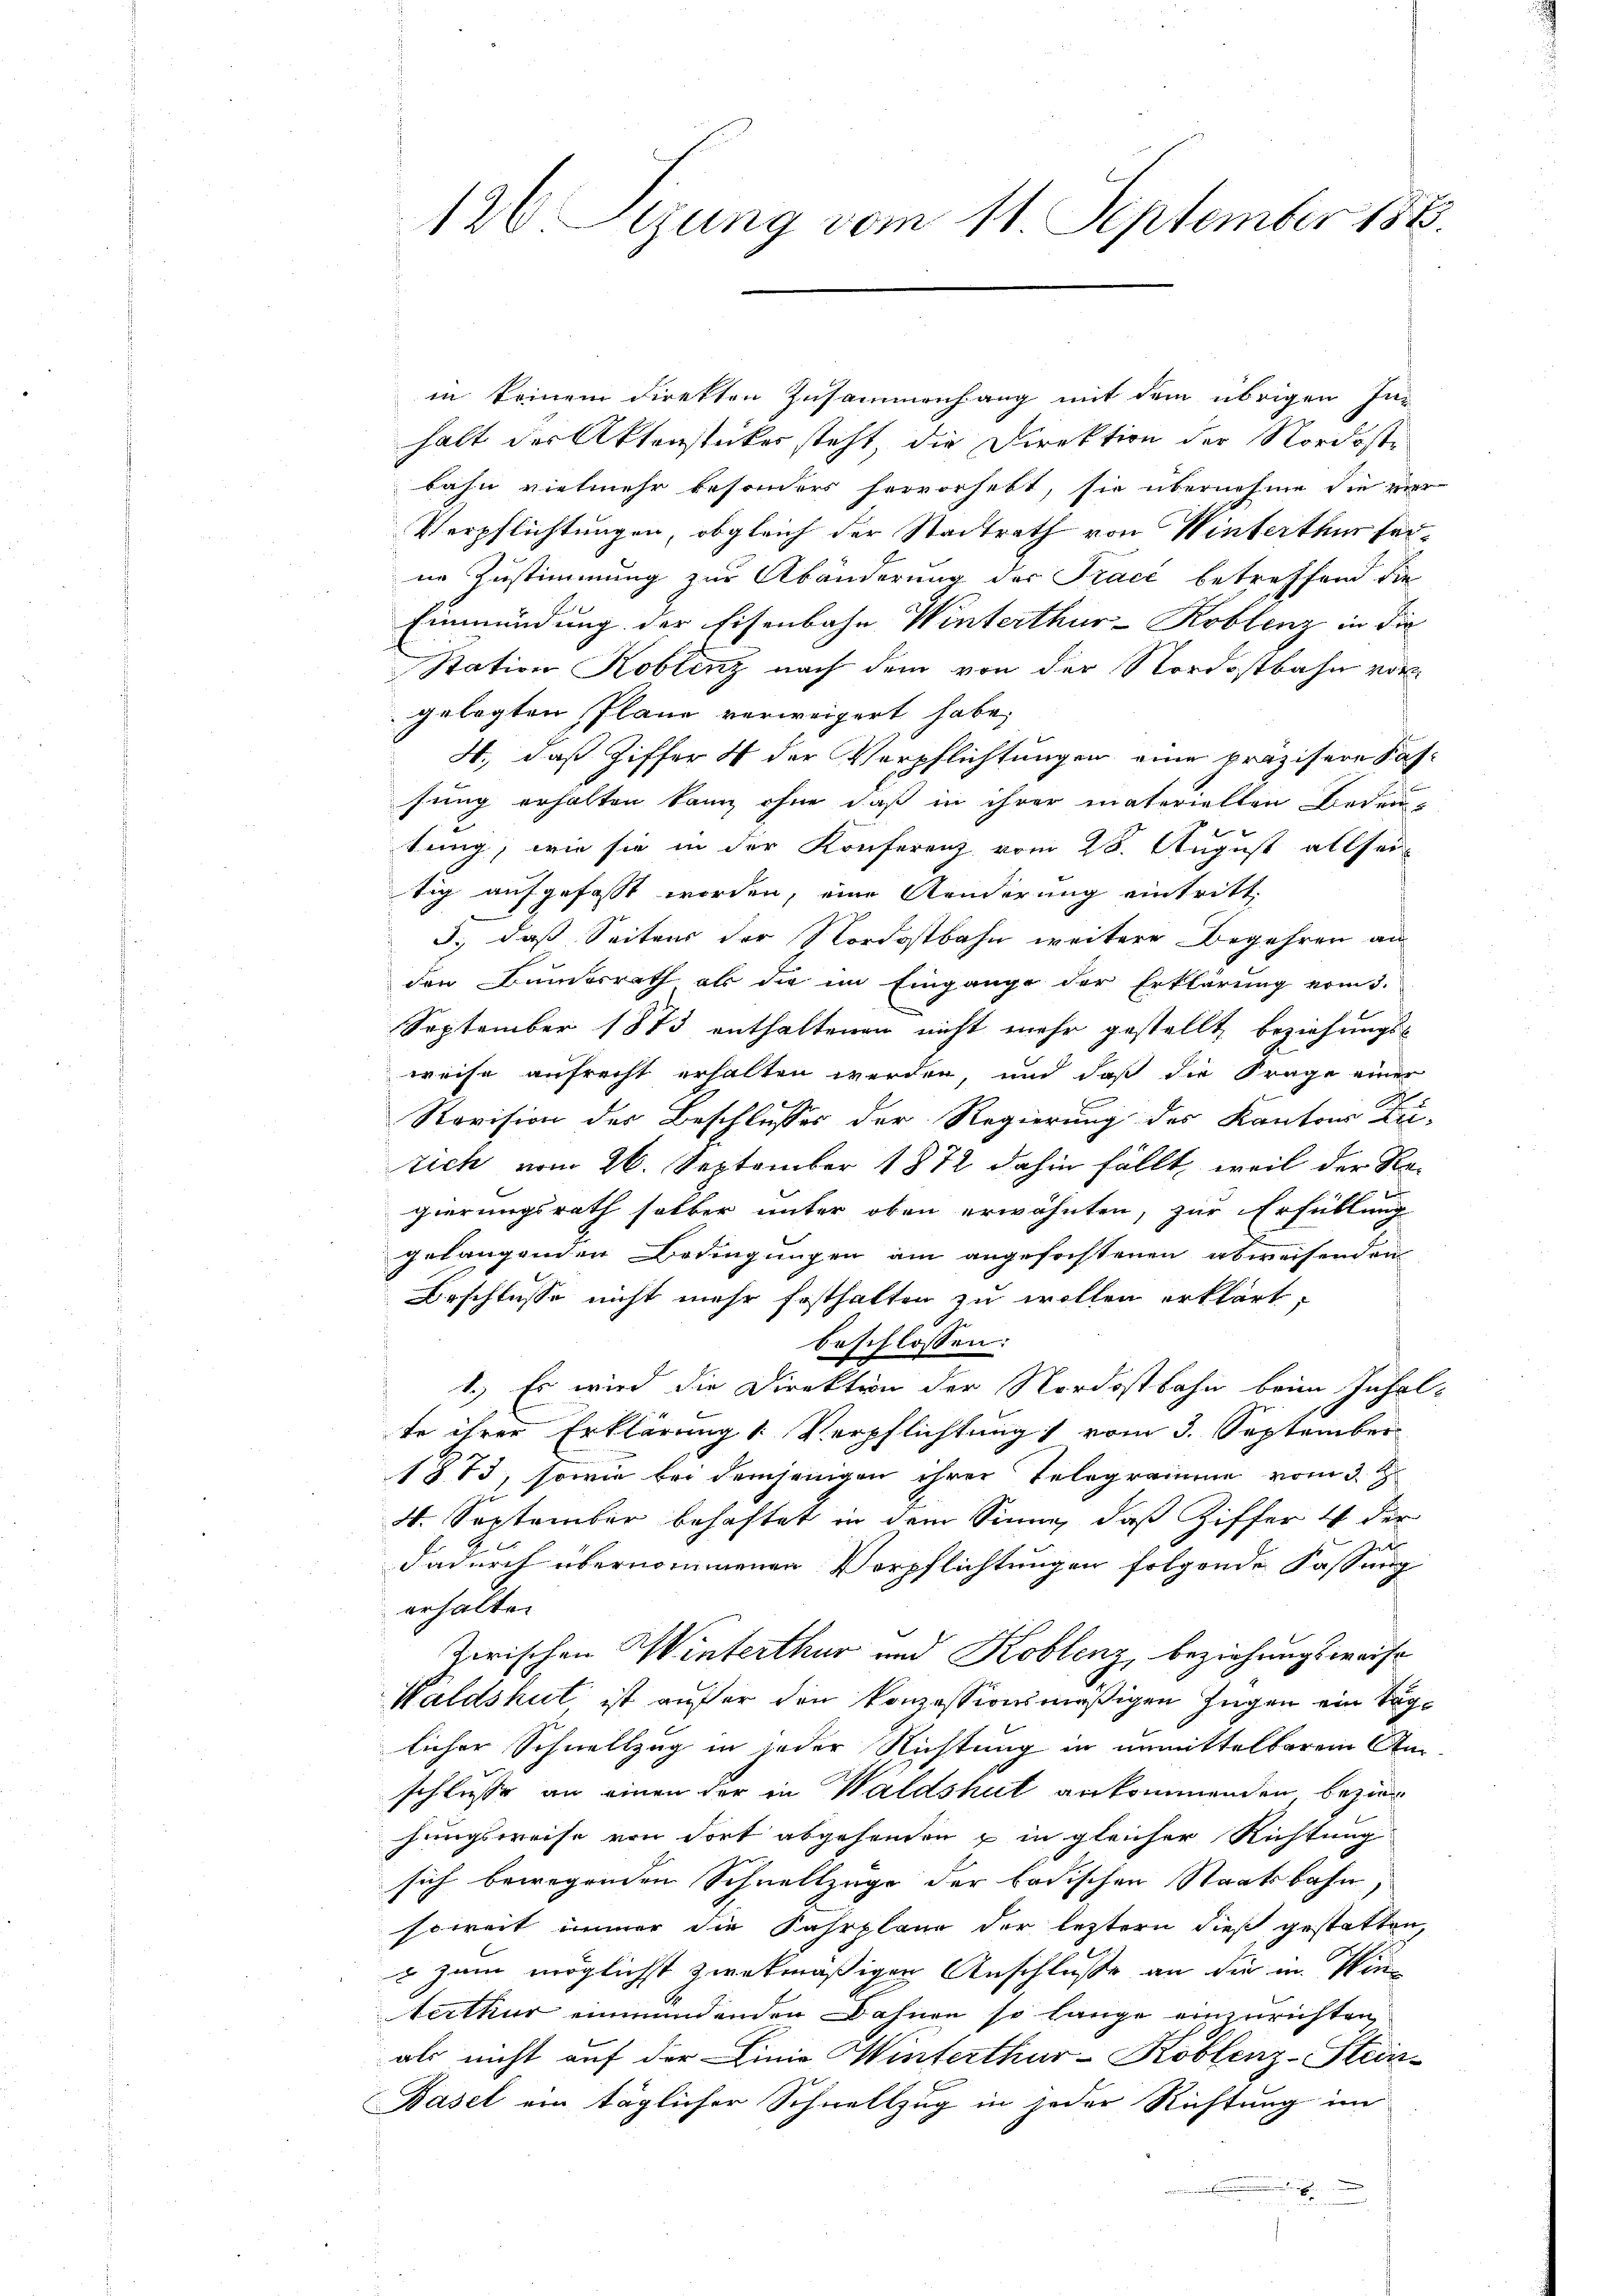
126. Sizung vom 11. September 186.

in keinem direkten Zusammenhang mit dem übrigen Inhalt der Aktenstücker steht, die Direktion der Nordoste
bahn vielmehr besonders hervorhebt, sie übernehme die vier
Verpflichtungen, obgleich der Stadtrath von Wintertum seine Zustimmung zur Abänderung der Tracé betreffend die
Einmündung der Eisenbahn Winterthur–Koblenz in die
Station Koblenz nach dem von der Nordostbahn vor
gelegten Pläne verweigert habe,
H., daß Ziffer 4 der Verpflichtungen eine präzisere Fasfung erhalten kann ohne daß in ihrer materiellen Bedeuf
tung, wie sie in der Konferenz vom 28. August allsei
tig aufgefasst worden, eine Aenderung eintritt,
3., daß Seitens der Nordostbahn weitere Begehren an
den Bundesrath als die im Eingange der Erklärung vom 3.
September 1873 enthaltenen nicht mehr gestellt, beziehungs-
weise aufrecht erhalten werden, und daß die Frage einer
 x
Revision der Beschlusses der Regierung des Kantons Zu-
tich vom 26. September 1872 dahin fällt, weil der Regierungsrath selber unter oben erwähnten, zur Erfüllung
gelangenden Bedingungen am angefochtenen abweisenden
Beschlusse nicht mehr festhalten zu wollen erklärt:
beschlossen:
1.) Es wird die Direktion der Nordostbahn beim Inhal
te ihrer Erklärung & Verpflichtung 1 vom 3. September
1873, sowie bei demjenigen ihrer Telegramme vom 3. d.
4. September behaftet in dem Sinne, daß Ziffer 4 der
dadurch übernommenen Verpflichtungen folgende Fassung
erhalten
Zwischen Winterthur und Koblenz, beziehungsweise
Waldshut ist aufer den konzessionsmäßigen Zügen ein Taglicher Schnellzug in jeder Richtung in unmittelbarem Anschlusse an einen der in Waldshut ankommenden beziehungsweise von dort abgehenden & in gleicher Richtung
sich bewegenden Schnellzüge der badischen Staatsbahn,
soweit immer die Fahrplane der leztern dieß gestatten,
 zum möglichst zwekmäßigen Anschlusse an die in Wir
terthur einmündenden Dahnen so lange einzurichten,
als nicht auf der Linie Winterthur–Koblenz-Stein¬
Basel ein täglicher Schnellzug in jeder Richtung im